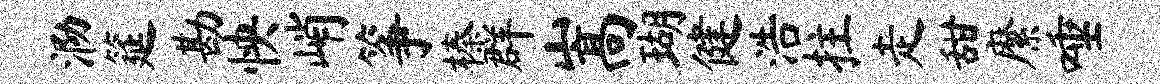
泐筵勘怏峭筝榛群嵩瑚健浩拄走甜縻唾